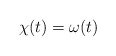
\begin{align*}\chi(t)=\omega(t)\end{align*}